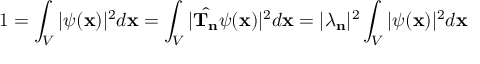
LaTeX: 1 = \int _ { V } | \psi ( \mathbf { x } ) | ^ { 2 } d \mathbf { x } = \int _ { V } | { \hat { \mathbf { T _ { n } } } } \psi ( \mathbf { x } ) | ^ { 2 } d \mathbf { x } = | \lambda _ { \mathbf { n } } | ^ { 2 } \int _ { V } | \psi ( \mathbf { x } ) | ^ { 2 } d \mathbf { x }